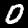
Digit: 0